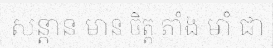
សន្តាន មាន ចិត្ត តាំង មាំ ជា